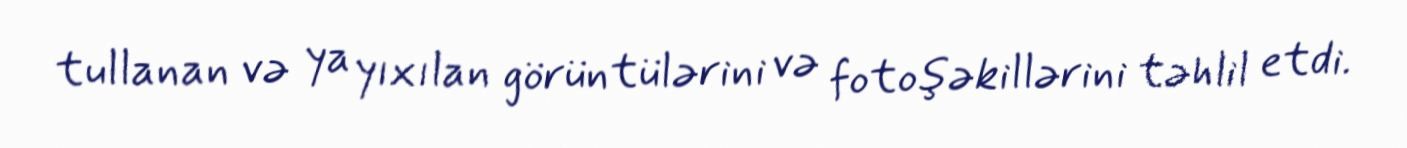
tullanan və ya yıxılan görüntülərini və fotoşəkillərini təhlil etdi.